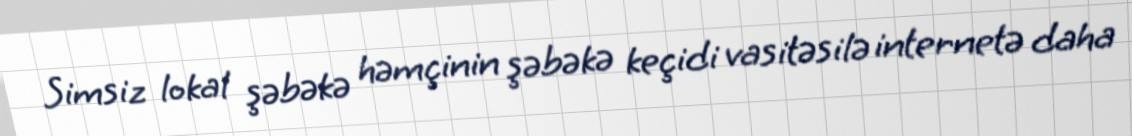
Simsiz lokal şəbəkə həmçinin şəbəkə keçidi vasitəsilə internetə daha